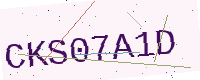
Text: CKS07A1D